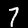
Label: 7